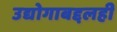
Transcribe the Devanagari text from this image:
उद्योगाबद्दलही